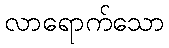
လာရောက်သော